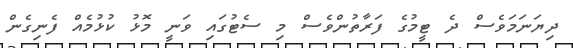
ދިޔަނަމަވެސް ދެ ޓީމުގެ ފަރާތުންވެސް މި ސެޓުގައި ވަނީ މޮޅު ކުޅުމެއް ފެނިގެން